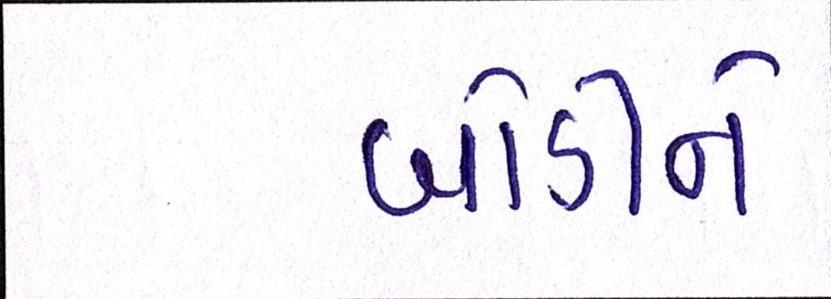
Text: બોડીને